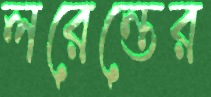
লরেন্তের